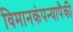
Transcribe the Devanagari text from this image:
विमानकंपन्यापैकी